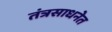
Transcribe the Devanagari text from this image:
तंत्रसाधनेत